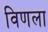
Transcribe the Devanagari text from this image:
विणला